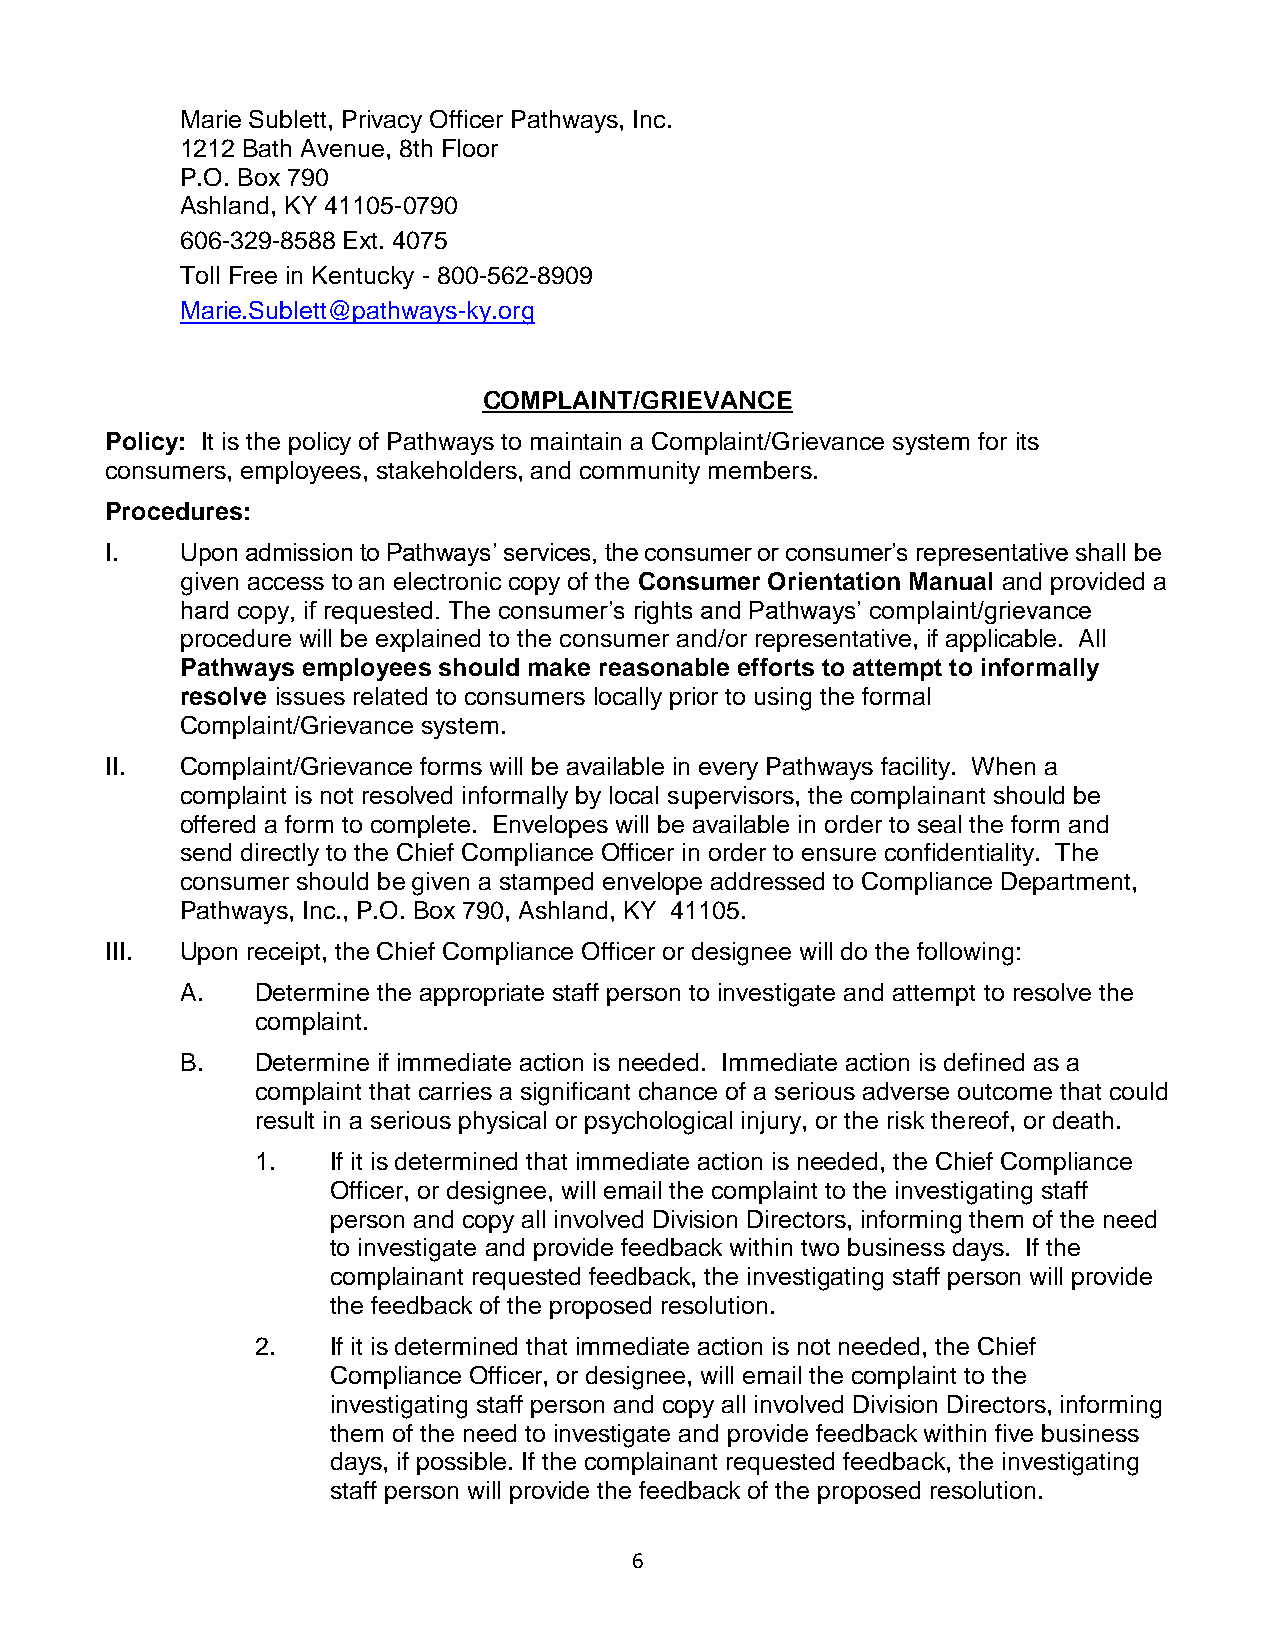
Marie Sublett, Privacy Officer Pathways, Inc.
 1212 Bath Avenue, 8th Floor
 P.O. Box 790
 Ashland, KY 41105-0790
 606-329-8588 Ext. 4075
 Toll Free in Kentucky - 800-562-8909
 Marie.Sublett@pathways-ky.org
 COMPLAINT/GRIEVANCE
 Policy: It is the policy of Pathways to maintain a Complaint/Grievance system for its
 consumers, employees, stakeholders, and community members.
 Procedures:
 I.   Upon admission to Pathways’ services, the consumer or consumer’s representative shall be
 given access to an electronic copy of the Consumer Orientation Manual and provided a
 hard copy, if requested. The consumer’s rights and Pathways’ complaint/grievance
 procedure will be explained to the consumer and/or representative, if applicable. All
 Pathways employees should make reasonable efforts to attempt to informally
 resolve issues related to consumers locally prior to using the formal
 Complaint/Grievance system.
 II.  Complaint/Grievance forms will be available in every Pathways facility. When a
 complaint is not resolved informally by local supervisors, the complainant should be
 offered a form to complete. Envelopes will be available in order to seal the form and
 send directly to the Chief Compliance Officer in order to ensure confidentiality. The
 consumer should be given a stamped envelope addressed to Compliance Department,
 Pathways, Inc., P.O. Box 790, Ashland, KY 41105.
 III. Upon receipt, the Chief Compliance Officer or designee will do the following:
 A.   Determine the appropriate staff person to investigate and attempt to resolve the
 complaint.
 B.   Determine if immediate action is needed. Immediate action is defined as a
 complaint that carries a significant chance of a serious adverse outcome that could
 result in a serious physical or psychological injury, or the risk thereof, or death.
 1.   If it is determined that immediate action is needed, the Chief Compliance
 Officer, or designee, will email the complaint to the investigating staff
 person and copy all involved Division Directors, informing them of the need
 to investigate and provide feedback within two business days. If the
 complainant requested feedback, the investigating staff person will provide
 the feedback of the proposed resolution.
 2.   If it is determined that immediate action is not needed, the Chief
 Compliance Officer, or designee, will email the complaint to the
 investigating staff person and copy all involved Division Directors, informing
 them of the need to investigate and provide feedback within five business
 days, if possible. If the complainant requested feedback, the investigating
 staff person will provide the feedback of the proposed resolution.
 6